system: You are a helpful assistant.
user:
Analyze the provided spectrum to determine if it is a **Carbon Star (C-type)**.

- **Key Visual Indicators of Carbon Star:**
    - **(Primary):** Strong molecular absorption from **C₂ (diatomic carbon) "Swan Bands."** This is the **defining feature** of a carbon star.
        - **(Key Bandheads):** Sharp absorption edges are visible at approximately $5635$ Å, $5165$ Å (the strongest band), and $4737$ Å.
        - **(Line Profile):** Creates a distinct **"saw-tooth"** pattern. The key morphology is a sharp, steep bandhead on the **red (long-wavelength) side**, which then gradually tapers off (i.e., flux recovers) towards the **blue (short-wavelength) side**. *(This is the direct opposite of the TiO bands seen in M-type stars)*.

    - **(Secondary):** Intense **CN (cyanogen)** molecular absorption bands.
        - **(Key Bandheads):** Located in the blue and violet regions of the spectrum (e.g., near $4215$ Å and $3883$ Å).
        - **(Morphology):** These bands are extremely broad and act as a "blanket," absorbing the vast majority of blue and violet light. This creates a characteristic **"cliff"** or **"steep drop-off"** in the spectrum's flux at short wavelengths.

    - **(Key Confirmation):** Strong **CH absorption band (G-band)**.
        - **(Key Bandhead):** Located around $4300$ Å. The contribution from CH molecules to this band is exceptionally strong.

    - **(Overall Spectrum):**
        - The continuum is severely "chopped up" by these deep molecular bands, especially C₂, rather than appearing as a smooth curve.
        - Due to the heavy CN and C₂ absorption in the blue-green, the vast majority of the star's flux is concentrated in the red part of the spectrum, giving the star its characteristic deep red color.

Think first, call **spectral_visualization_tool** if needed to examine features in detail, then provide your final answer. Your response must adhere to the following strict rules:
1.  **Overall Structure:** Your response must follow the format `<think>...</think> <tool_call>...</tool_call> (if a tool is used) <answer>...</answer>`.
2.  **Tool Usage Constraint:** You may only make **one** tool call per turn.
3.  **Final Answer Format:** In the `<answer>` tag, your conclusion must be inside a `\boxed{}` command (e.g., `\boxed{YES}`), followed by your justification.

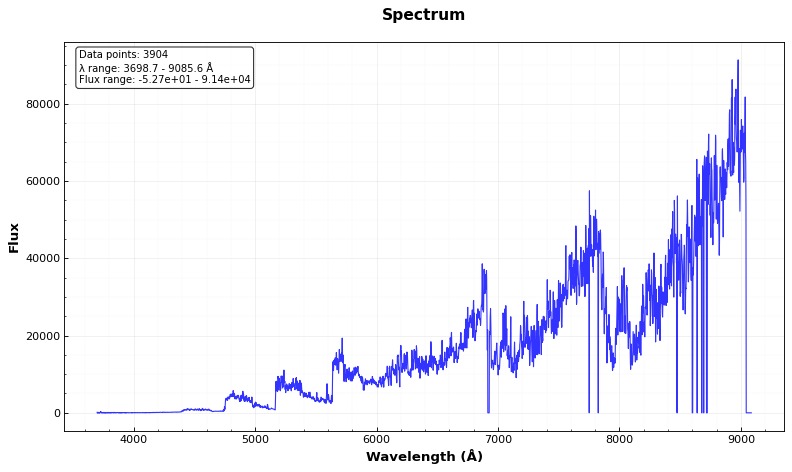
Answer: YES